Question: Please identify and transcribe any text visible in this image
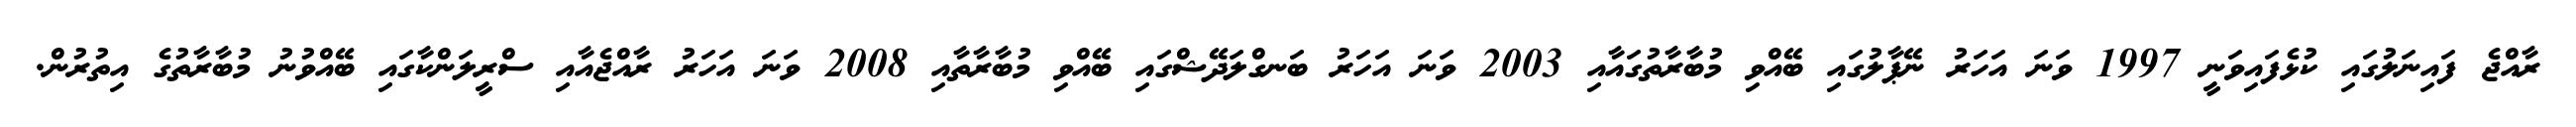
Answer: ރާއްޖެ ފައިނަލުގައި ކުޅެފައިވަނީ 1997 ވަނަ އަހަރު ނޭޕާލުގައި ބޭއްވި މުބާރާތުގައާއި 2003 ވަނަ އަހަރު ބަނގްލަދޭޝްގައި ބޭއްވި މުބާރާތާއި 2008 ވަނަ އަހަރު ރާއްޖެއާއި ސްރީލަންކާގައި ބޭއްވުނު މުބާރާތުގެ އިތުރުން.